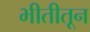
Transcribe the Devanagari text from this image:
भीतीतून